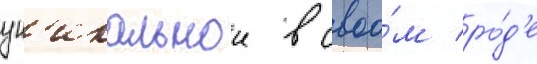
ун'икальнои в своо́м ро́д'е